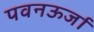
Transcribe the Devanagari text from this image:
पवनऊर्जा